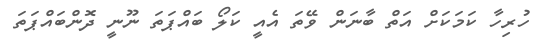
ހުރިހާ ކަމަކަށް އަތް ބާނަން ވޭތަ އެއީ ކަލޯ ބައްޕަތަ ނޫނީ ދޮންބައްޕަތަ